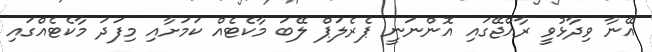
އޭނާ ވިދާޅުވީ ރާއްޖޭގައި އޮންނަނީ ޕެރެލަޕް ލޭބަ މާކެޓެއް ކަމަށާއި މިފަދަ މާކެޓެއްގައި